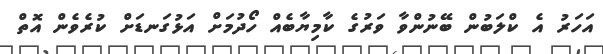
އަހަރު އެ ކްލަބުން ބޭނުންވާ ވަރުގެ ކާމިޔާބެއް ހޯދުމަށް އަޅުގަނޑަށް ކުރެވެން އޮތް